Report on vaccination in the Province of Bengal - 1869-1873
Year: 1869
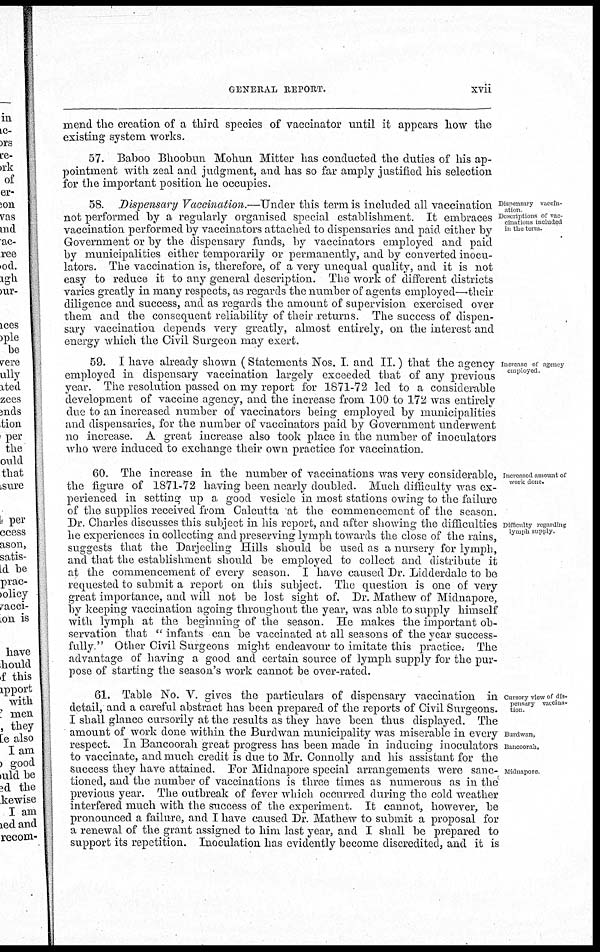
GENERAL REPORT.
xvii
mend the creation of a third species of vaccinator until it appears how the
existing system works.
57. Baboo Bhoobun Mohun Mitter has conducted the duties of his ap-
pointment with zeal and judgment, and has so far amply justified his selection
for the important position he occupies.
Dispensary vaccin-
ation
Descriptions of vac-
cinations included
in the term.
58. Dispensary Vaccination.—Under this term is included all vaccination
not performed by a regularly organised special establishment. It embraces
vaccination performed by vaccinators attached to dispensaries and paid either by
Government or by the dispensary funds, by vaccinators employed and paid
by municipalities either temporarily or permanently, and by converted inocu-
lators. The vaccination is, therefore, of a very unequal quality, and it is not
easy to reduce it to any general description. The work of different districts
varies greatly in many respects, as regards the number of agents employed—their
diligence and success, and as regards the amount of supervision exercised over
them and the consequent reliability of their returns. The success of dispen-
sary vaccination depends very greatly, almost entirely, on the interest and
energy which the Civil Surgeon may exert.
Increase of agency
employed.
59. I have already shown (Statements Nos. I. and II.) that the agency
employed in dispensary vaccination largely exceeded that of any previous
year. The resolution passed on my report for 1871-72 led to a considerable
development of vaccine agency, and the increase from 100 to 172 was entirely
due to an increased number of vaccinators being employed by municipalities
and dispensaries, for the number of vaccinators paid by Government underwent
no increase. A great increase also took place in the number of inoculators
who were induced to exchange their own practice for vaccination.
Increased amount of
work done.
Difficulty regarding
lymph supply.
60. The increase in the number of vaccinations was very considerable,
the figure of 1871-72 having been nearly doubled. Much difficulty was ex-
perienced in setting up a good vesicle in most stations owing to the failure
of the supplies received from Calcutta at the commencement of the season.
Dr. Charles discusses this subject in his report, and after showing the difficulties
he experiences in collecting and preserving lymph towards the close of the rains,
suggests that the Darjeeling Hills should be used as a nursery for lymph,
and that the establishment should be employed to collect and distribute it
at the commencement of every season. I have caused Dr. Lidderdale to be
requested to submit a report on this subject. The question is one of very
great importance, and will not be lost sight of. Dr. Mathew of Midnapore,
by keeping vaccination agoing throughout the year, was able to supply himself
with lymph at the beginning of the season. He makes the important ob-
servation that " infants can be vaccinated at all seasons of the year success-
fully " Other Civil Surgeons might endeavour to imitate this practice. The
advantage of having a good and certain source of lymph supply for the pur-
pose of starting the season's work cannot be over-rated.
Cursory view of dis-
pensary vaccina-
tion
Burdwan,
Bancoorah,
Midnapore
61. Table No. V. gives the particulars of dispensary vaccination in
detail, and a careful abstract has been prepared of the reports of Civil Surgeons.
I shall glance cursorily at the results as they have been thus displayed. The
amount of work done within the Burdwan municipality was miserable in every
respect. In Bancoorah great progress has been made in inducing inoculators
to vaccinate, and much credit is due to Mr. Connolly and his assistant for the
success they have attained. For Midnapore special arrangements were sanc-
tioned, and the number of vaccinations is three times as numerous as in the
previous year. The outbreak of fever which occurred during the cold weather
interfered much with the success of the experiment. It cannot, however, be
pronounced a failure, and I have caused Dr. Mathew to submit a proposal for
a renewal of the grant assigned to him last year, and I shall be prepared to
support its repetition. Inoculation has evidently become discredited, and it is